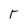
Character: r